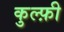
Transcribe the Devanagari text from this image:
कुल्फ़ी